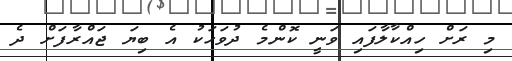
މި ރަށް ހިއްކާލާފައި ވަނީ ކޮންމެ ދުވަހަކު އެ ބިޔަ ޖައްރާފަށް ދެ